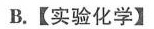
B.【实验化学】